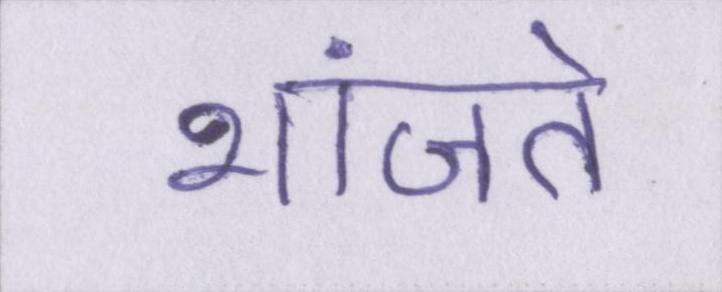
भांजते